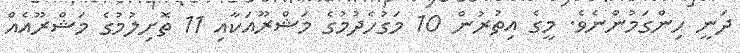
ދަނީ ހިންގަމުންނެވެ. މީގެ އިތުރުން 10 މަގުހެދުމުގެ މަޝްރޫއަކާއި 11 ތޮށިލުމުގެ މަޝްރޫއެއް